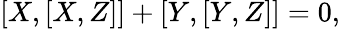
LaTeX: [X,[X,Z]]+[Y,[Y,Z]]=0,